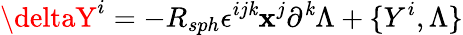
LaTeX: \deltaY^{i}=-R_{sph}\epsilon^{ij\mathit{k}}\mathbf{x}^{j}\partial^{\mathit{k}}\Lambda+\{ Y^{i},\Lambda\}